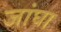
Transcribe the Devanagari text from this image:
जांघा